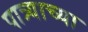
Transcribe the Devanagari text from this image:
पात्र्याच्या